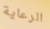
الرعاية